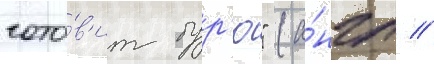
гото́в'ит бур'ю" (а́нгл //